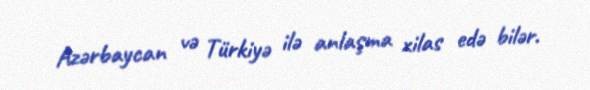
Azərbaycan və Türkiyə ilə anlaşma xilas edə bilər.